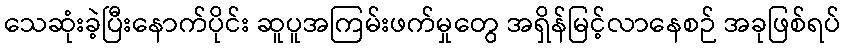
သေဆုံးခဲ့ပြီးနောက်ပိုင်း ဆူပူအကြမ်းဖက်မှုတွေ အရှိန်မြင့်လာနေစဉ် အခုဖြစ်ရပ်